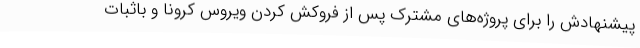
پیشنهادش را برای پروژه‌های مشترک پس از فروکش کردن ویروس کرونا و باثبات